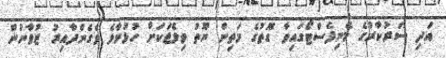
އަދި ސަރުކާރުގެ މެނިފެސްޓޯގައިވާ ގޮތުގެ މަތިން ޔޫތު ވިލެޖަކަށް ހުޅުމާލެ ވެގެންދާއިރު ޒުވާނުން